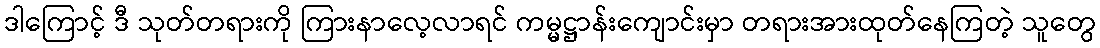
ဒါကြောင့် ဒီ သုတ်တရားကို ကြားနာလေ့လာရင် ကမ္မဋ္ဌာန်းကျောင်းမှာ တရားအားထုတ်နေကြတဲ့ သူတွေ